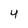
Character: 4